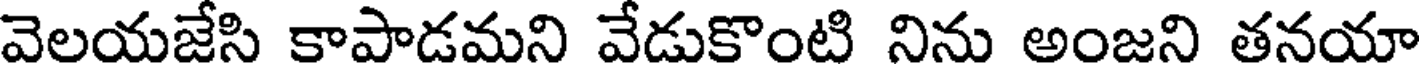
వెలయజేసి కాపాడమని వేడుకొంటి నిను అంజని తనయా